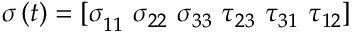
\sigma \left( t \right) = { [ \sigma } _ { 1 1 } \ \sigma _ { 2 2 \ } \sigma _ { 3 3 } \ \tau _ { 2 3 } \ \tau _ { 3 1 } \ \tau _ { 1 2 } ]